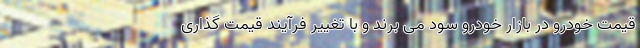
قیمت خودرو در بازار خودرو سود می برند و با تغییر فرآیند قیمت گذاری